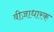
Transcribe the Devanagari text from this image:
वीज़ाधारक